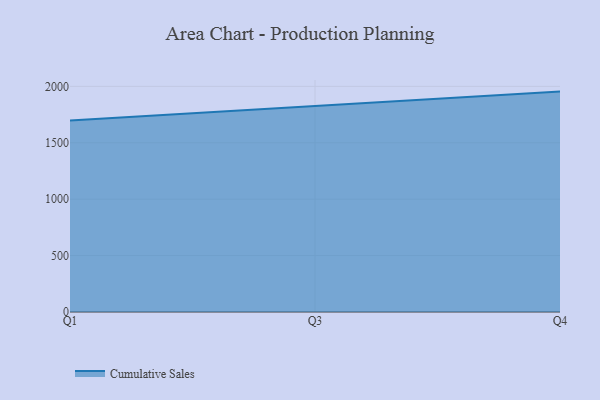
{"axis": {"x": "Quarter", "y": "Population (Million)"}, "legend": ["Cumulative Sales"], "data": [{"x": "Q1", "y": 1697.1, "type": "Cumulative Sales"}, {"x": "Q3", "y": 1822.2, "type": "Cumulative Sales"}, {"x": "Q4", "y": 1953.3, "type": "Cumulative Sales"}]}